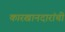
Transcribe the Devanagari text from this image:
कारखानदारांची